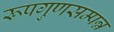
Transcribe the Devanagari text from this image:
रूपगुणसम्पन्न